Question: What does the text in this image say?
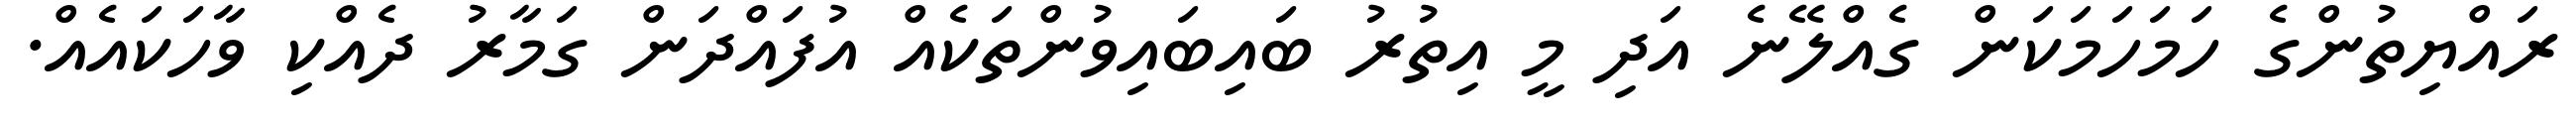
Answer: ރައްޔިތުންގެ ހަމަހަމަކަން ގެއްލޭނެ އަދި މީ އިތުރު ބައިބައިވުންތަކެއް އުފައްދަން ގަމާރު ދެއްކި ވާހަކައެއް.